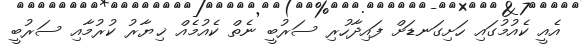
އެއީ ކެއުމުގައި ހަށިގަނޑަށް ފައިދާހުރި ސަރުބީ ނެތް ކެއުމެއް ޚިޔާރު ކުރުމާއި ސަރުބީ